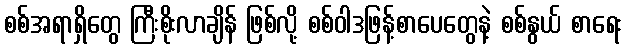
စစ်အရာရှိတွေ ကြီးစိုးလာချိန် ဖြစ်လို့ စစ်ဝါဒဖြန့်စာပေတွေနဲ့ စစ်နွယ် စာရေး